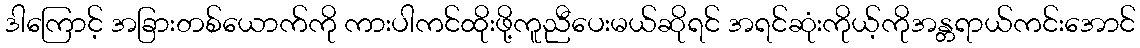
ဒါကြောင့် အခြားတစ်ယောက်ကို ကားပါကင်ထိုးဖို့ကူညီပေးမယ်ဆိုရင် အရင်ဆုံးကိုယ့်ကိုအန္တရာယ်ကင်းအောင်